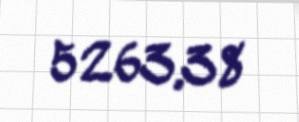
5263,38